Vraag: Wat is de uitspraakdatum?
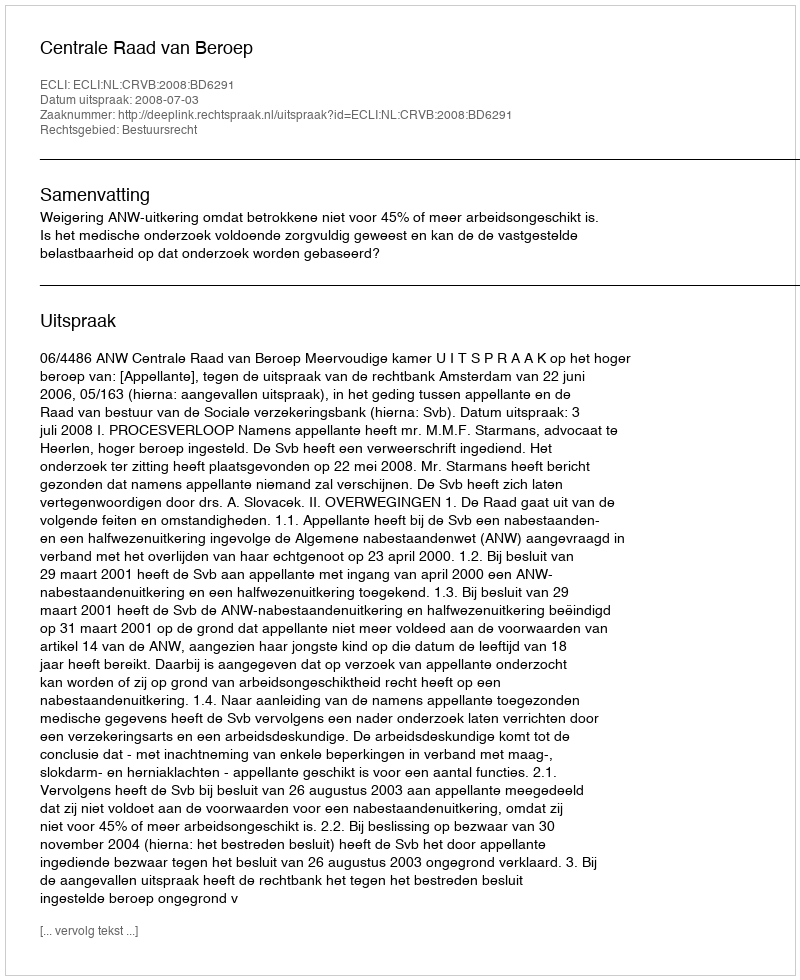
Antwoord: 2008-07-03